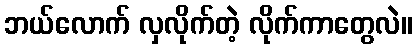
ဘယ်လောက် လှလိုက်တဲ့ လိုက်ကာတွေလဲ။